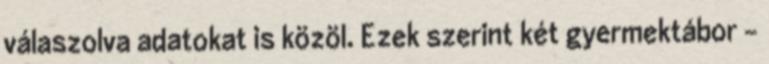
válaszolva adatokat is közöl. Ezek szerint két gyermektábor -